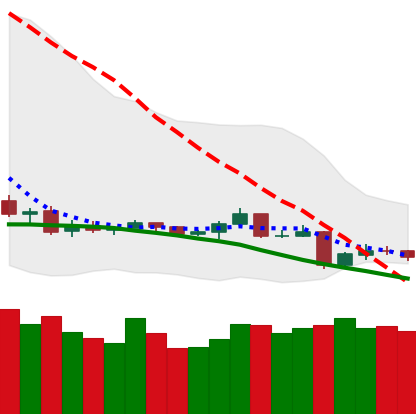
Ticker: TRX-USD
Chart end date: 2019-08-13
Forward return: -12.261%
Label: down_7plus